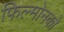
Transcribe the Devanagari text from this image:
फिल्मोनको